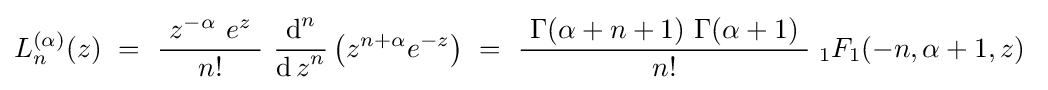
L_{n}^{(\alpha )}(z)~=~{\frac {\ z^{-\alpha }\ e^{z}\ }{n!}}\ {\frac {\operatorname {d} ^{n}}{{\operatorname {d} z}^{n}}}\left(z^{n+\alpha }e^{-z}\right)~=~{\frac {\ \Gamma (\alpha +n+1)\ \Gamma (\alpha +1)\ }{n!}}\;{}_{1}F_{1}(-n,\alpha +1,z)~